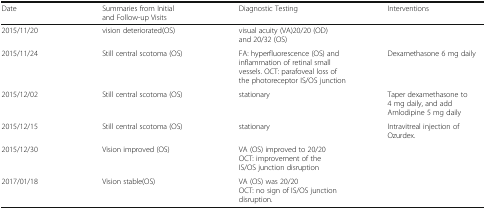
<table><thead><tr><td><b>Date</b></td><td><b>Summaries from Initial and Follow-up Visits</b></td><td><b>Diagnostic Testing</b></td><td><b>Interventions</b></td></tr></thead><tbody><tr><td>2015/11/20</td><td>vision deteriorated(OS)</td><td>visual acuity (VA)20/20 (OD) and 20/32 (OS)</td><td></td></tr><tr><td>2015/11/24</td><td>Still central scotoma (OS)</td><td>FA: hyperfluorescence (OS) and inflammation of retinal small vessels. OCT: parafoveal loss of the photoreceptor IS/OS junction</td><td>Dexamethasone 6 mg daily</td></tr><tr><td>2015/12/02</td><td>Still central scotoma (OS)</td><td>stationary</td><td>Taper dexamethasone to 4 mg daily, and add Amlodipine 5 mg daily</td></tr><tr><td>2015/12/15</td><td>Still central scotoma (OS)</td><td>stationary</td><td>Intravitreal injection of Ozurdex.</td></tr><tr><td>2015/12/30</td><td>Vision improved (OS)</td><td>VA (OS) improved to 20/20OCT: improvement of the IS/OS junction disruption</td><td></td></tr><tr><td>2017/01/18</td><td>Vision stable(OS)</td><td>VA (OS) was 20/20OCT: no sign of IS/OS junction disruption.</td><td></td></tr></tbody></table>